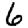
Digit: 6